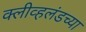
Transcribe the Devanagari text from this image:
क्लीव्हलंडच्या